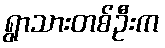
ရွာသားတစ်ဦးက